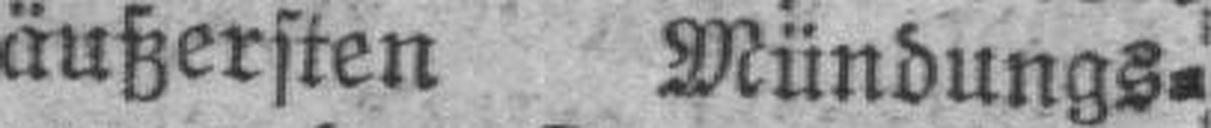
äußersten Mündungs¬